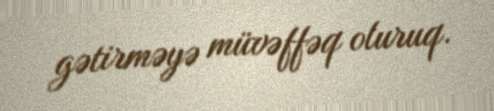
gətirməyə müvəffəq oluruq.